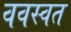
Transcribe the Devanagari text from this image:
ववस्वत